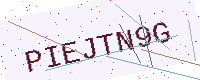
Text: PIEJTN9G